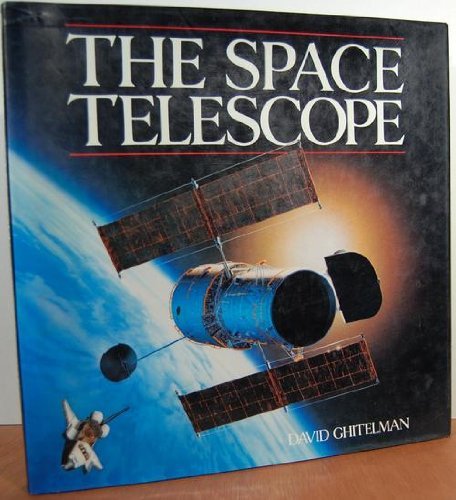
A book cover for The Space Telescope; David Ghitelman; Science & Math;